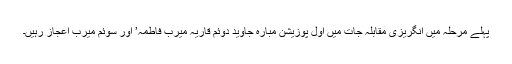
پہلے مرحلہ میں انگریزی مقابلہ جات میں اول پوزیشن مبارہ جاوید دوئم قاریہ میرب فاطمہ’ اور سوئم میرب اعجاز رہیں۔